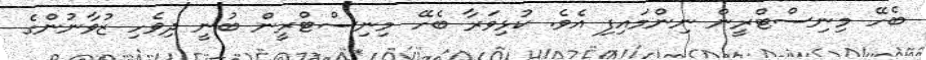
ބެހޭ މިނިސްޓްރީން ނިންމައިފި އެވެ. ކުޅިވަރާ ބެހޭ މިނިސްޓްރީން ބުނީ ދިވެހި ޒުވާނުންގެ